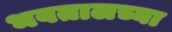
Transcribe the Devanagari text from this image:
भवतालच्या